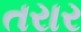
તરાર